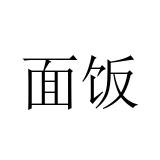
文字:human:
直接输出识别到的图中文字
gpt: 面饭